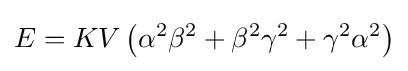
E=KV\left(\alpha ^{2}\beta ^{2}+\beta ^{2}\gamma ^{2}+\gamma ^{2}\alpha ^{2}\right)